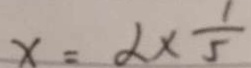
x = 2 \times \frac { 1 } { 5 }